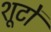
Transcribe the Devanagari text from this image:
शूटों